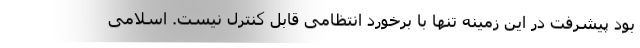
بود پیشرفت در این زمینه تنها با برخورد انتظامی قابل کنترل نیست. اسلامی